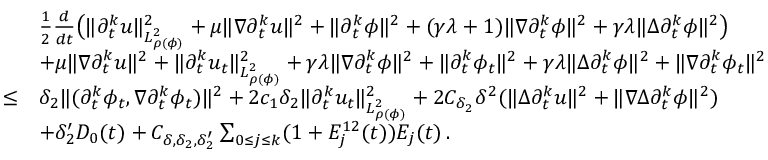
\begin{array} { r l } & { \frac { 1 } { 2 } \frac { d } { d t } \big ( \| \partial _ { t } ^ { k } u \| _ { L _ { \rho ( \phi ) } ^ { 2 } } ^ { 2 } + \mu \| \nabla \partial _ { t } ^ { k } u \| ^ { 2 } + \| \partial _ { t } ^ { k } \phi \| ^ { 2 } + ( \gamma \lambda + 1 ) \| \nabla \partial _ { t } ^ { k } \phi \| ^ { 2 } + \gamma \lambda \| \Delta \partial _ { t } ^ { k } \phi \| ^ { 2 } \big ) } \\ & { + \mu \| \nabla \partial _ { t } ^ { k } u \| ^ { 2 } + \| \partial _ { t } ^ { k } u _ { t } \| _ { L _ { \rho ( \phi ) } ^ { 2 } } ^ { 2 } + \gamma \lambda \| \nabla \partial _ { t } ^ { k } \phi \| ^ { 2 } + \| \partial _ { t } ^ { k } \phi _ { t } \| ^ { 2 } + \gamma \lambda \| \Delta \partial _ { t } ^ { k } \phi \| ^ { 2 } + \| \nabla \partial _ { t } ^ { k } \phi _ { t } \| ^ { 2 } } \\ { \leq } & { \delta _ { 2 } \| ( \partial _ { t } ^ { k } \phi _ { t } , \nabla \partial _ { t } ^ { k } \phi _ { t } ) \| ^ { 2 } + 2 c _ { 1 } \delta _ { 2 } \| \partial _ { t } ^ { k } u _ { t } \| _ { L _ { \rho ( \phi ) } ^ { 2 } } ^ { 2 } + 2 C _ { \delta _ { 2 } } \delta ^ { 2 } ( \| \Delta \partial _ { t } ^ { k } u \| ^ { 2 } + \| \nabla \Delta \partial _ { t } ^ { k } \phi \| ^ { 2 } ) } \\ & { + \delta _ { 2 } ^ { \prime } D _ { 0 } ( t ) + C _ { \delta , \delta _ { 2 } , \delta _ { 2 } ^ { \prime } } \sum _ { 0 \leq j \leq k } ( 1 + E _ { j } ^ { 1 2 } ( t ) ) E _ { j } ( t ) \, . } \end{array}